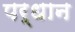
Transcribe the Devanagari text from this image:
पर्धान